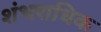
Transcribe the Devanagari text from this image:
शंभराधिक